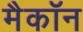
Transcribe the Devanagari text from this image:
मैकॉन